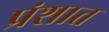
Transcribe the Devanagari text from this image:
प्रंशात